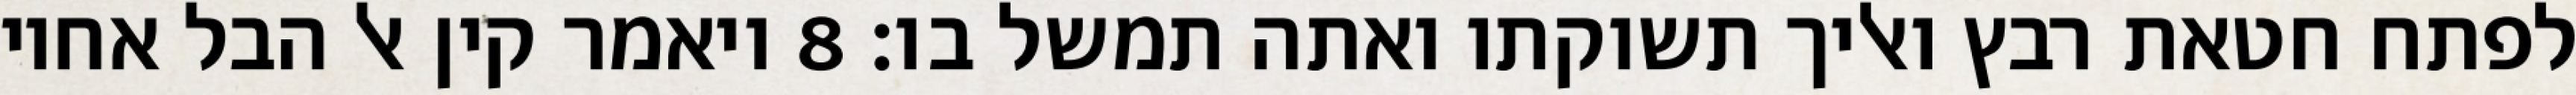
לפתח חטאת רבץ ואליך תשוקתו ואתה תמשל בו׃ ‎8‏ ויאמר קין אל הבל אחיו